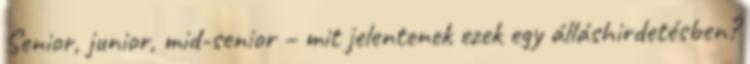
Senior, junior, mid-senior – mit jelentenek ezek egy álláshirdetésben?